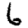
Digit: 6